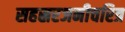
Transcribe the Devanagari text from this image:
सहस्ररजनीचरित्र